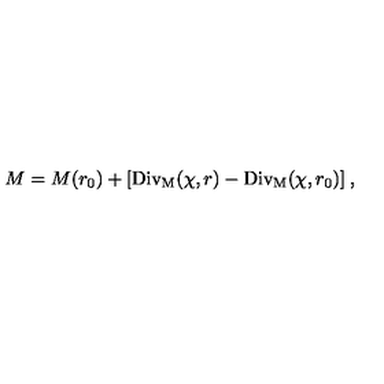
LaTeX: M = M ( r _ { 0 } ) + [ \mathrm { D i v _ { M } } ( \chi , r ) - \mathrm { D i v _ { M } } ( \chi , r _ { 0 } ) ] \: ,